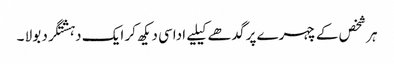
ہر شخص کے چہرے پر گدھے کیلیے اداسی دیکھ کر ایک دہشتگرد بولا ۔